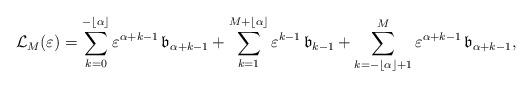
LaTeX: \begin{align*} \mathcal{L}_M(\varepsilon) = \sum\limits_{k=0}^{- \lfloor \alpha\rfloor} \varepsilon^{\alpha +k -1} \, \mathfrak{b}_{\alpha +k -1} + \sum\limits_{k= 1}^{M +\lfloor \alpha\rfloor} \varepsilon^{k -1} \, \mathfrak{b}_{k -1} + \sum\limits_{k=- \lfloor \alpha\rfloor + 1}^{M} \varepsilon^{\alpha +k -1} \, \mathfrak{b}_{\alpha +k -1},\end{align*}